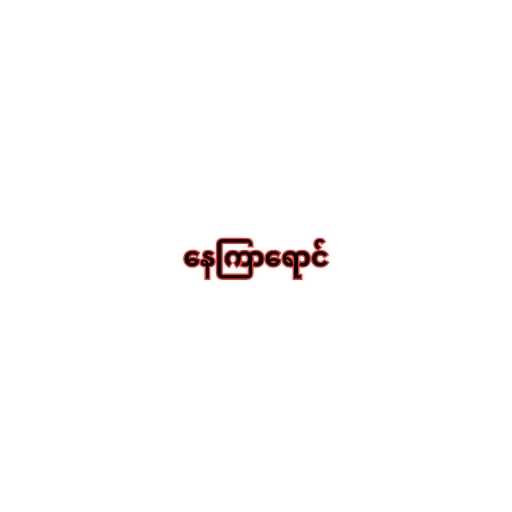
နေကြာရောင်